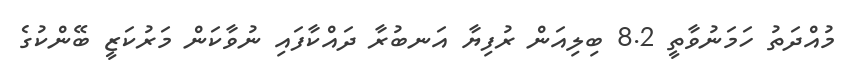
މުއްދަތު ހަމަނުވާތީ 8.2 ބިލިއަން ރުފިޔާ އަނބުރާ ދައްކާފައި ނުވާކަން މަރުކަޒީ ބޭންކުގެ